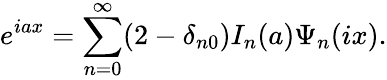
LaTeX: e^{iax}=\sum_{n=0}^{\infty}(2-\delta_{n0})I_{n}(a)\Psi_{n}(ix).